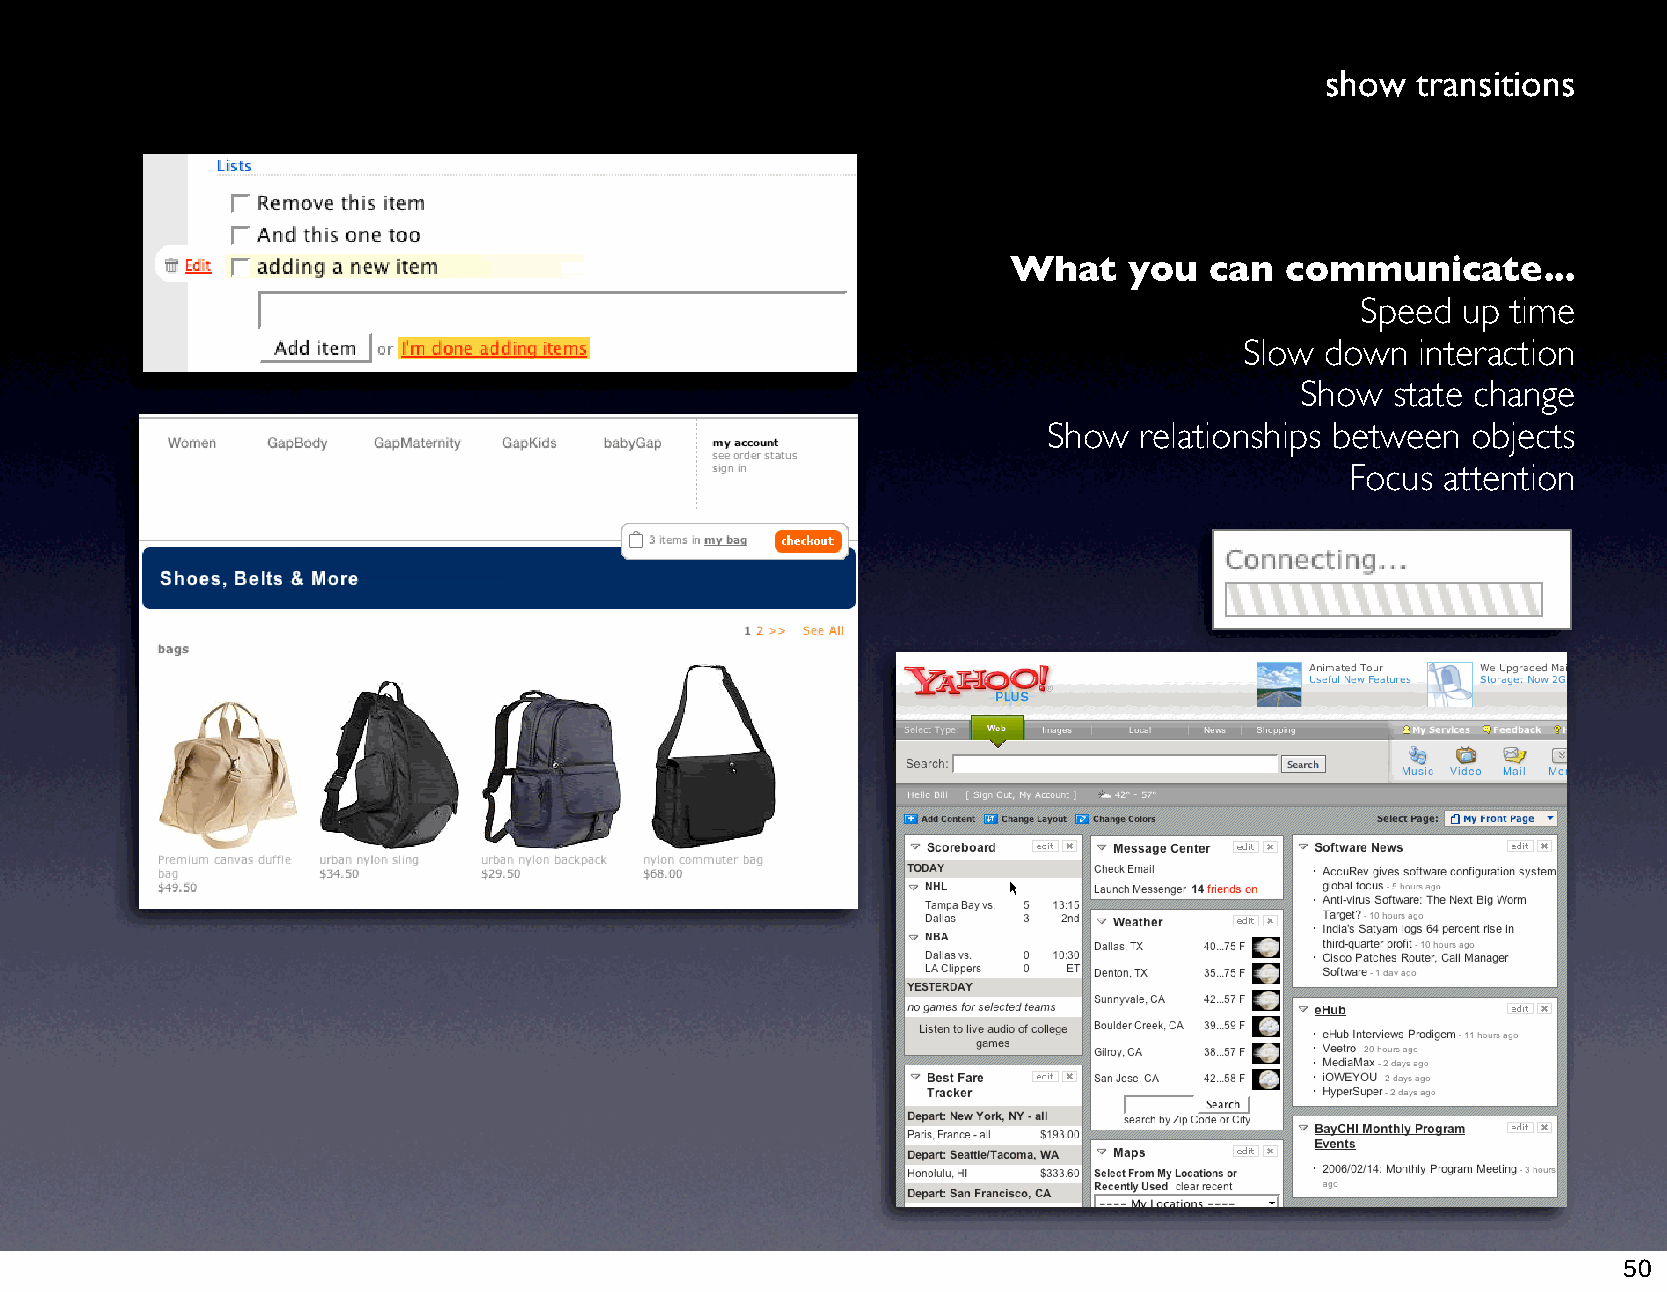
show  transitions
 What    you  can  communicate...
 Speed  up time
 Slow  down  interaction
 Show  state change
 Show  relationships between objects
 Focus  attention
 50